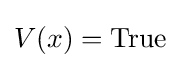
V(x)={\text{True}}